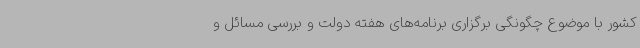
کشور با موضوع چگونگی برگزاری برنامه‌های هفته دولت و بررسی مسائل و